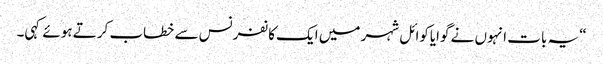
“یہ بات انہوں نے گوایاکوائل شہر میں ایک کانفرنس سے خطاب کرتے ہوئے کہی۔